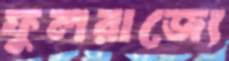
ফুলরাজ্যে